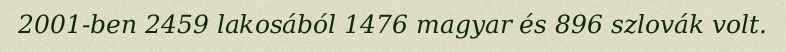
2001-ben 2459 lakosából 1476 magyar és 896 szlovák volt.